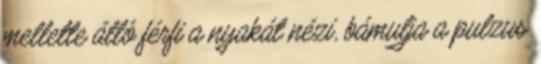
mellette álló férfi a nyakát nézi, bámulja a pulzus